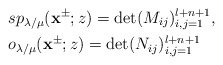
\begin{align*}&sp_{\lambda/\mu}(\mathbf{x}^{\pm};z)=\det(M_{ij})^{l+n+1}_{i,j=1},\\&o_{\lambda/\mu}(\mathbf{x}^{\pm};z)=\det(N_{ij})^{l+n+1}_{i,j=1}\end{align*}